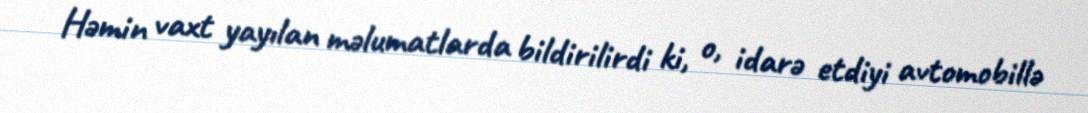
Həmin vaxt yayılan məlumatlarda bildirilirdi ki, o, idarə etdiyi avtomobillə